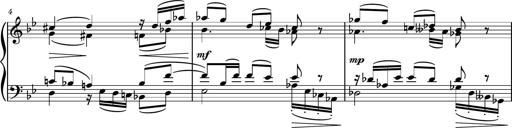
Title: Piano Sonatina No.4
Composer: Dimitri Sykias
Key: D major